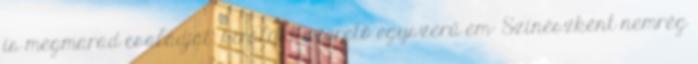
is megmarad családját, királyát szerető egyszerű em- Színészként nemrég